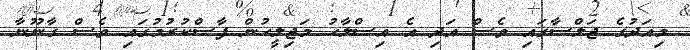
މިއަދުގެ ޖަލްސާގައި ވެސް އަދި އެ އިސްލާހު މަޖިލީހުން ފާސްކުރުމުގައި ވެސް ގާނޫނާ